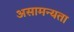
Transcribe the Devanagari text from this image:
असामन्यता